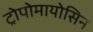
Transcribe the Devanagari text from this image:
ट्रोपोमायोसिन